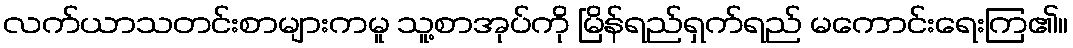
လက်ယာသတင်းစာများကမူ သူ့စာအုပ်ကို မြိန်ရည်ရှက်ရည် မကောင်းရေးကြ၏။